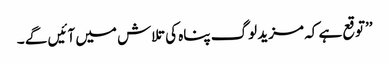
’’توقع ہے کہ مزید لوگ پناہ کی تلاش میں آئیں گے ۔